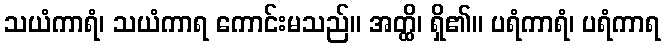
သယံကာရံ၊ သယံကာရ ကောင်းမသည်။ အတ္ထိ၊ ရှိ၏။ ပရံကာရံ၊ ပရံကာရ